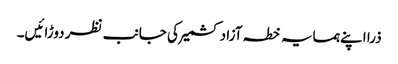
ذرا اپنے ہمسایہ خطہ آزاد کشمیر کی جانب نظر دوڑائیں۔